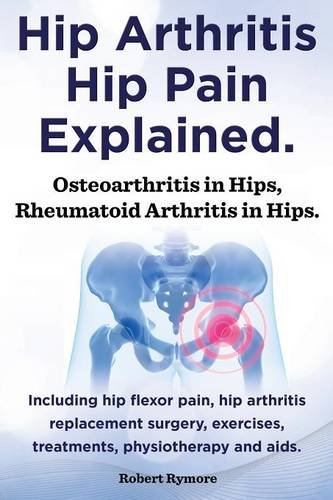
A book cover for Hip Arthritis, Hip Pain Explained. Osteoarthritis in Hips, Rheumatoid Arthritis in Hips. Including Hip Arthritis Surgery, Hip Flexor Pain, Exercises,; Robert Rymore; Medical Books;